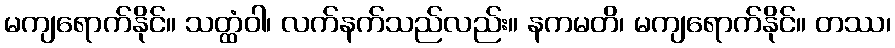
မကျရောက်နိုင်။ သတ္ထံဝါ၊ လက်နက်သည်လည်း။ နကမတိ၊ မကျရောက်နိုင်။ တဿ၊